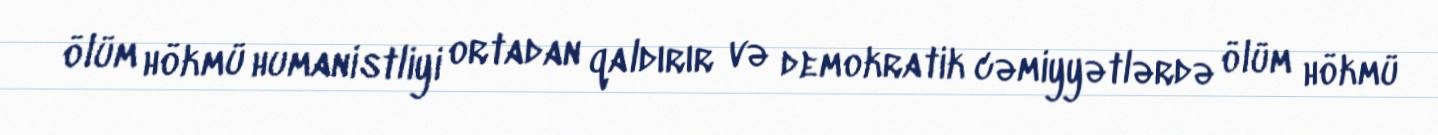
ölüm hökmü humanistliyi ortadan qaldırır və demokratik cəmiyyətlərdə ölüm hökmü